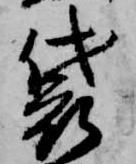
袋